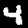
Label: 4